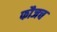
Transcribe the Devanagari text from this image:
फौजच